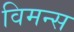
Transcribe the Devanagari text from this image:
विमन्स